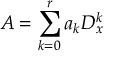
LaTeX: A = \sum _ { k = 0 } ^ { r } a _ { k } D _ { x } ^ { k }